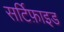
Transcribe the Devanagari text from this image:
सर्टिफ़ाइड